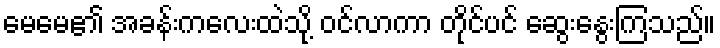
မေမေ၏ အခန်းကလေးထဲသို့ ဝင်လာကာ တိုင်ပင် ဆွေးနွေးကြသည်။